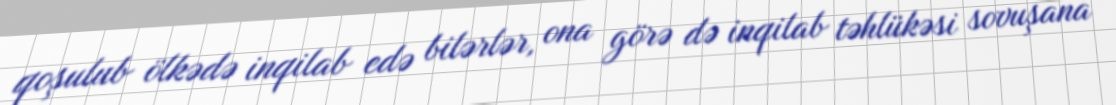
qoşulub ölkədə inqilab edə bilərlər, ona görə də inqilab təhlükəsi sovuşana